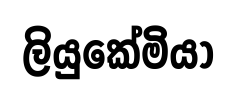
ලියුකේමියා